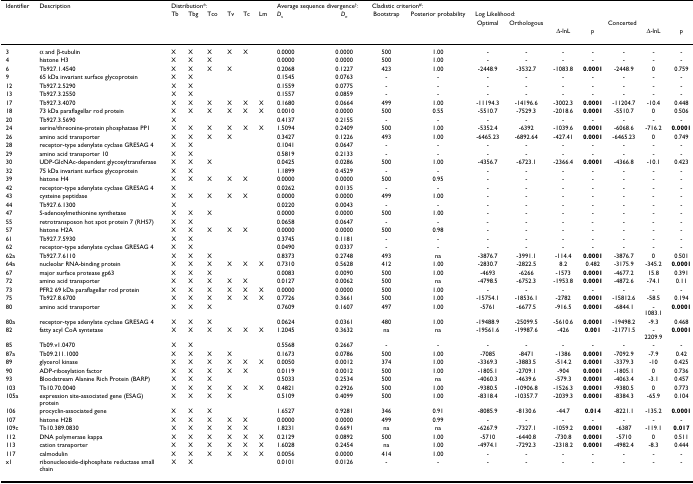
<table><thead><tr><td><b>Identifier</b></td><td><b>Description</b></td><td colspan="6"><b>Distribution*:</b></td><td colspan="2"><b>Average sequence divergence<sup>†</sup>:</b></td><td colspan="2"><b>Cladistic criterion<sup>#</sup>:</b></td><td></td><td></td><td></td><td></td><td></td><td></td><td></td></tr><tr><td></td><td></td><td><b>Tb</b></td><td><b>Tbg</b></td><td><b>Tco</b></td><td><b>Tv</b></td><td><b>Tc</b></td><td><b>Lm</b></td><td><b><i>D</i><sub><i>s</i></sub></b></td><td><b><i>D</i><sub><i>n</i></sub></b></td><td><b>Bootstrap</b></td><td><b>Posterior probability</b></td><td colspan="3"><b>Log Likelihood:</b></td><td></td><td></td><td></td><td></td></tr><tr><td></td><td></td><td></td><td></td><td></td><td></td><td></td><td></td><td></td><td></td><td></td><td></td><td><b>Optimal</b></td><td><b>Orthologous</b></td><td colspan="5"><b>Concerted</b></td></tr><tr><td></td><td></td><td></td><td></td><td></td><td></td><td></td><td></td><td></td><td></td><td></td><td></td><td></td><td></td><td><b>Δ-lnL</b></td><td><b>p</b></td><td></td><td><b>Δ-lnL</b></td><td><b>p</b></td></tr></thead><tbody><tr><td>3</td><td>α and β-tubulin</td><td>X</td><td>X</td><td>X</td><td>X</td><td>X</td><td></td><td>0.0000</td><td>0.0000</td><td>500</td><td>1.00</td><td>-</td><td>-</td><td>-</td><td>-</td><td>-</td><td>-</td><td>-</td></tr><tr><td>4</td><td>histone H3</td><td>X</td><td>X</td><td>X</td><td></td><td></td><td></td><td>0.0000</td><td>0.0000</td><td>500</td><td>1.00</td><td>-</td><td>-</td><td>-</td><td>-</td><td>-</td><td>-</td><td>-</td></tr><tr><td>6</td><td>Tb927.1.4540</td><td>X</td><td>X</td><td>X</td><td>X</td><td></td><td></td><td>0.2068</td><td>0.1227</td><td>423</td><td>1.00</td><td>-2448.9</td><td>-3532.7</td><td>-1083.8</td><td><b>0.0001</b></td><td>-2448.9</td><td>0</td><td>0.759</td></tr><tr><td>9</td><td>65 kDa invariant surface glycoprotein</td><td>X</td><td>X</td><td></td><td></td><td></td><td></td><td>0.1545</td><td>0.0763</td><td>-</td><td>-</td><td>-</td><td>-</td><td>-</td><td>-</td><td>-</td><td>-</td><td>-</td></tr><tr><td>12</td><td>Tb927.2.5290</td><td>X</td><td>X</td><td></td><td></td><td></td><td></td><td>0.1559</td><td>0.0775</td><td>-</td><td>-</td><td>-</td><td>-</td><td>-</td><td>-</td><td>-</td><td>-</td><td>-</td></tr><tr><td>13</td><td>Tb927.3.2550</td><td>X</td><td>X</td><td></td><td></td><td></td><td></td><td>0.1557</td><td>0.0859</td><td>-</td><td>-</td><td>-</td><td>-</td><td>-</td><td>-</td><td>-</td><td>-</td><td>-</td></tr><tr><td>17</td><td>Tb927.3.4070</td><td>X</td><td>X</td><td>X</td><td>X</td><td>X</td><td>X</td><td>0.1680</td><td>0.0664</td><td>499</td><td>1.00</td><td>-11194.3</td><td>-14196.6</td><td>-3002.3</td><td><b>0.0001</b></td><td>-11204.7</td><td>-10.4</td><td>0.448</td></tr><tr><td>18</td><td>73 kDa paraflagellar rod protein</td><td>X</td><td>X</td><td>X</td><td>X</td><td>X</td><td>X</td><td>0.0010</td><td>0.0000</td><td>500</td><td>0.55</td><td>-5510.7</td><td>-7529.3</td><td>-2018.6</td><td><b>0.0001</b></td><td>-5510.7</td><td>0</td><td>0.506</td></tr><tr><td>20</td><td>Tb927.3.5690</td><td>X</td><td></td><td></td><td></td><td></td><td></td><td>0.4137</td><td>0.2155</td><td>-</td><td>-</td><td>-</td><td>-</td><td>-</td><td>-</td><td>-</td><td>-</td><td>-</td></tr><tr><td>24</td><td>serine/threonine-protein phosphatase PP1</td><td>X</td><td>X</td><td>X</td><td>X</td><td>X</td><td>X</td><td>1.5094</td><td>0.2409</td><td>500</td><td>1.00</td><td>-5352.4</td><td>-6392</td><td>-1039.6</td><td><b>0.0001</b></td><td>-6068.6</td><td>-716.2</td><td><b>0.0001</b></td></tr><tr><td>26</td><td>amino acid transporter</td><td>X</td><td>X</td><td>X</td><td>X</td><td></td><td></td><td>0.3427</td><td>0.1226</td><td>493</td><td>1.00</td><td>-6465.23</td><td>-6892.64</td><td>-427.41</td><td><b>0.0001</b></td><td>-6465.23</td><td>0</td><td>0.749</td></tr><tr><td>28</td><td>receptor-type adenylate cyclase GRESAG 4</td><td>X</td><td>X</td><td></td><td></td><td></td><td></td><td>0.1041</td><td>0.0647</td><td>-</td><td>-</td><td>-</td><td>-</td><td>-</td><td>-</td><td>-</td><td>-</td><td>-</td></tr><tr><td>29</td><td>amino acid transporter 10</td><td>X</td><td>X</td><td></td><td></td><td></td><td></td><td>0.5819</td><td>0.2133</td><td>-</td><td>-</td><td>-</td><td>-</td><td>-</td><td>-</td><td>-</td><td>-</td><td>-</td></tr><tr><td>30</td><td>UDP-GlcNAc-dependent glycosyltransferase</td><td>X</td><td>X</td><td>X</td><td></td><td></td><td></td><td>0.0425</td><td>0.0286</td><td>500</td><td>1.00</td><td>-4356.7</td><td>-6723.1</td><td>-2366.4</td><td><b>0.0001</b></td><td>-4366.8</td><td>-10.1</td><td>0.423</td></tr><tr><td>32</td><td>75 kDa invariant surface glycoprotein</td><td>X</td><td>X</td><td></td><td></td><td></td><td></td><td>1.1899</td><td>0.4529</td><td>-</td><td>-</td><td>-</td><td>-</td><td>-</td><td>-</td><td>-</td><td>-</td><td>-</td></tr><tr><td>39</td><td>histone H4</td><td>X</td><td>X</td><td>X</td><td>X</td><td>X</td><td></td><td>0.0000</td><td>0.0000</td><td>500</td><td>0.95</td><td>-</td><td>-</td><td>-</td><td>-</td><td>-</td><td>-</td><td>-</td></tr><tr><td>42</td><td>receptor-type adenylate cyclase GRESAG 4</td><td>X</td><td></td><td></td><td></td><td></td><td></td><td>0.0262</td><td>0.0135</td><td>-</td><td>-</td><td>-</td><td>-</td><td>-</td><td>-</td><td>-</td><td>-</td><td>-</td></tr><tr><td>43</td><td>cysteine peptidase</td><td>X</td><td>X</td><td>X</td><td>X</td><td>X</td><td></td><td>0.0000</td><td>0.0000</td><td>499</td><td>1.00</td><td>-</td><td>-</td><td>-</td><td>-</td><td>-</td><td>-</td><td>-</td></tr><tr><td>44</td><td>Tb927.6.1300</td><td>X</td><td></td><td></td><td></td><td></td><td></td><td>0.0220</td><td>0.0043</td><td>-</td><td>-</td><td>-</td><td>-</td><td>-</td><td>-</td><td>-</td><td>-</td><td>-</td></tr><tr><td>47</td><td>S-adenosylmethionine synthetase</td><td>X</td><td>X</td><td>X</td><td></td><td></td><td></td><td>0.0000</td><td>0.0000</td><td>500</td><td>1.00</td><td>-</td><td>-</td><td>-</td><td>-</td><td>-</td><td>-</td><td>-</td></tr><tr><td>55</td><td>retrotransposon hot spot protein 7 (RHS7)</td><td>X</td><td>X</td><td></td><td></td><td></td><td></td><td>0.0658</td><td>0.0647</td><td>-</td><td>-</td><td>-</td><td>-</td><td>-</td><td>-</td><td>-</td><td>-</td><td>-</td></tr><tr><td>57</td><td>histone H2A</td><td>X</td><td>X</td><td>X</td><td>X</td><td>X</td><td></td><td>0.0000</td><td>0.0000</td><td>500</td><td>0.98</td><td>-</td><td>-</td><td>-</td><td>-</td><td>-</td><td>-</td><td>-</td></tr><tr><td>61</td><td>Tb927.7.5930</td><td>X</td><td>X</td><td></td><td></td><td></td><td></td><td>0.3745</td><td>0.1181</td><td>-</td><td>-</td><td>-</td><td>-</td><td>-</td><td>-</td><td>-</td><td>-</td><td>-</td></tr><tr><td>62</td><td>receptor-type adenylate cyclase GRESAG 4</td><td>X</td><td>X</td><td></td><td></td><td></td><td></td><td>0.0490</td><td>0.0337</td><td>-</td><td>-</td><td>-</td><td>-</td><td>-</td><td>-</td><td>-</td><td>-</td><td>-</td></tr><tr><td>62a</td><td>Tb927.7.6110</td><td>X</td><td>X</td><td>X</td><td></td><td></td><td></td><td>0.8373</td><td>0.2748</td><td>493</td><td>na</td><td>-3876.7</td><td>-3991.1</td><td>-114.4</td><td><b>0.0001</b></td><td>-3876.7</td><td>0</td><td>0.501</td></tr><tr><td>64a</td><td>nucleolar RNA-binding protein</td><td>X</td><td>X</td><td>X</td><td>X</td><td>X</td><td>X</td><td>0.7310</td><td>0.5628</td><td>412</td><td>1.00</td><td>-2830.7</td><td>-2822.5</td><td>8.2</td><td>0.482</td><td>-3175.9</td><td>-345.2</td><td><b>0.0001</b></td></tr><tr><td>67</td><td>major surface protease gp63</td><td>X</td><td>X</td><td>X</td><td></td><td></td><td></td><td>0.0083</td><td>0.0090</td><td>500</td><td>1.00</td><td>-4693</td><td>-6266</td><td>-1573</td><td><b>0.0001</b></td><td>-4677.2</td><td>15.8</td><td>0.391</td></tr><tr><td>72</td><td>amino acid transporter</td><td>X</td><td>X</td><td>X</td><td>X</td><td>X</td><td></td><td>0.0127</td><td>0.0062</td><td>500</td><td>na</td><td>-4798.5</td><td>-6752.3</td><td>-1953.8</td><td><b>0.0001</b></td><td>-4872.6</td><td>-74.1</td><td>0.11</td></tr><tr><td>73</td><td>PFR2 69 kDa paraflagellar rod protein</td><td>X</td><td>X</td><td>X</td><td>X</td><td>X</td><td>X</td><td>0.0000</td><td>0.0000</td><td>500</td><td>1.00</td><td>-</td><td>-</td><td>-</td><td>-</td><td>-</td><td>-</td><td>-</td></tr><tr><td>75</td><td>Tb927.8.6700</td><td>X</td><td>X</td><td>X</td><td>X</td><td>X</td><td>X</td><td>0.7726</td><td>0.3661</td><td>500</td><td>1.00</td><td>-15754.1</td><td>-18536.1</td><td>-2782</td><td><b>0.0001</b></td><td>-15812.6</td><td>-58.5</td><td>0.194</td></tr><tr><td>80</td><td>amino acid transporter</td><td>X</td><td>X</td><td>X</td><td></td><td></td><td></td><td>0.7609</td><td>0.1607</td><td>497</td><td>1.00</td><td>-5761</td><td>-6677.5</td><td>-916.5</td><td><b>0.0001</b></td><td>-6844.1</td><td>-1083.1</td><td><b>0.0001</b></td></tr><tr><td>80a</td><td>receptor-type adenylate cyclase GRESAG 4</td><td>X</td><td>X</td><td>X</td><td></td><td></td><td></td><td>0.0624</td><td>0.0361</td><td>480</td><td>1.00</td><td>-19488.9</td><td>-25099.5</td><td>-5610.6</td><td><b>0.0001</b></td><td>-19498.2</td><td>-9.3</td><td>0.468</td></tr><tr><td>82</td><td>fatty acyl CoA syntetase</td><td>X</td><td>X</td><td>X</td><td>X</td><td>X</td><td>X</td><td>1.2045</td><td>0.3632</td><td>na</td><td>na</td><td>-19561.6</td><td>-19987.6</td><td>-426</td><td><b>0.001</b></td><td>-21771.5</td><td>-2209.9</td><td><b>0.0001</b></td></tr><tr><td>85</td><td>Tb09.v1.0470</td><td>X</td><td>X</td><td></td><td></td><td></td><td></td><td>0.5568</td><td>0.2667</td><td>-</td><td>-</td><td>-</td><td>-</td><td>-</td><td>-</td><td>-</td><td>-</td><td>-</td></tr><tr><td>87a</td><td>Tb09.211.1000</td><td>X</td><td>X</td><td>X</td><td>X</td><td></td><td></td><td>0.1673</td><td>0.0786</td><td>500</td><td>1.00</td><td>-7085</td><td>-8471</td><td>-1386</td><td><b>0.0001</b></td><td>-7092.9</td><td>-7.9</td><td>0.42</td></tr><tr><td>89</td><td>glycerol kinase</td><td>X</td><td>X</td><td>X</td><td>X</td><td>X</td><td>X</td><td>0.0050</td><td>0.0012</td><td>374</td><td>1.00</td><td>-3369.3</td><td>-3883.5</td><td>-514.2</td><td><b>0.0001</b></td><td>-3379.3</td><td>-10</td><td>0.425</td></tr><tr><td>90</td><td>ADP-ribosylation factor</td><td>X</td><td>X</td><td>X</td><td>X</td><td>X</td><td></td><td>0.0119</td><td>0.0012</td><td>500</td><td>1.00</td><td>-1805.1</td><td>-2709.1</td><td>-904</td><td><b>0.0001</b></td><td>-1805.1</td><td>0</td><td>0.736</td></tr><tr><td>93</td><td>Bloodstream Alanine Rich Protein (BARP)</td><td>X</td><td>X</td><td>X</td><td></td><td></td><td></td><td>0.5033</td><td>0.2534</td><td>500</td><td>na</td><td>-4060.3</td><td>-4639.6</td><td>-579.3</td><td><b>0.0001</b></td><td>-4063.4</td><td>-3.1</td><td>0.457</td></tr><tr><td>103</td><td>Tb10.70.0040</td><td>X</td><td>X</td><td>X</td><td>X</td><td>X</td><td>X</td><td>0.4821</td><td>0.2926</td><td>500</td><td>1.00</td><td>-9380.5</td><td>-10906.8</td><td>-1526.3</td><td><b>0.0001</b></td><td>-9380.5</td><td>0</td><td>0.773</td></tr><tr><td>105a</td><td>expression site-associated gene (ESAG) protein</td><td>X</td><td>X</td><td>X</td><td>X</td><td></td><td></td><td>0.5109</td><td>0.4099</td><td>500</td><td>1.00</td><td>-8318.4</td><td>-10357.7</td><td>-2039.3</td><td><b>0.0001</b></td><td>-8384.3</td><td>-65.9</td><td>0.104</td></tr><tr><td>106</td><td>procyclin-associated gene</td><td>X</td><td>X</td><td>X</td><td></td><td></td><td></td><td>1.6527</td><td>0.9281</td><td>346</td><td>0.91</td><td>-8085.9</td><td>-8130.6</td><td>-44.7</td><td><b>0.014</b></td><td>-8221.1</td><td>-135.2</td><td><b>0.0001</b></td></tr><tr><td>107</td><td>histone H2B</td><td>X</td><td>X</td><td>X</td><td>X</td><td>X</td><td></td><td>0.0000</td><td>0.0000</td><td>499</td><td>0.99</td><td>-</td><td>-</td><td>-</td><td>-</td><td>-</td><td>-</td><td>-</td></tr><tr><td>109c</td><td>Tb10.389.0830</td><td>X</td><td>X</td><td>X</td><td>X</td><td>X</td><td></td><td>1.8231</td><td>0.6691</td><td>na</td><td>na</td><td>-6267.9</td><td>-7327.1</td><td>-1059.2</td><td><b>0.0001</b></td><td>-6387</td><td>-119.1</td><td><b>0.017</b></td></tr><tr><td>112</td><td>DNA polymerase kappa</td><td>X</td><td>X</td><td>X</td><td>X</td><td>X</td><td>X</td><td>0.2129</td><td>0.0892</td><td>500</td><td>1.00</td><td>-5710</td><td>-6440.8</td><td>-730.8</td><td><b>0.0001</b></td><td>-5710</td><td>0</td><td>0.511</td></tr><tr><td>113</td><td>cation transporter</td><td>X</td><td>X</td><td>X</td><td>X</td><td>X</td><td>X</td><td>1.6028</td><td>0.2454</td><td>na</td><td>1.00</td><td>-4974.1</td><td>-7292.3</td><td>-2318.2</td><td><b>0.0001</b></td><td>-4982.4</td><td>-8.3</td><td>0.444</td></tr><tr><td>117</td><td>calmodulin</td><td>X</td><td>X</td><td>X</td><td>X</td><td>X</td><td>X</td><td>0.0056</td><td>0.0000</td><td>414</td><td>1.00</td><td>-</td><td>-</td><td>-</td><td>-</td><td>-</td><td>-</td><td>-</td></tr><tr><td>x1</td><td>ribonucleoside-diphosphate reductase small chain</td><td>X</td><td>X</td><td></td><td></td><td></td><td></td><td>0.0101</td><td>0.0126</td><td>-</td><td>-</td><td>-</td><td>-</td><td>-</td><td>-</td><td>-</td><td>-</td><td>-</td></tr></tbody></table>